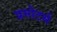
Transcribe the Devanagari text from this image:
प्रमोटर्स